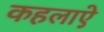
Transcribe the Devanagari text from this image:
कहलाऐ